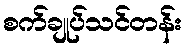
စက်ချုပ်သင်တန်း